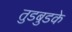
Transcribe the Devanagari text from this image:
तुडबुडके